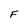
Character: F